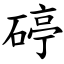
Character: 碠